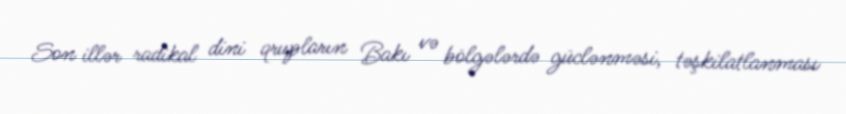
Son illər radikal dini qrupların Bakı və bölgələrdə güclənməsi, təşkilatlanması